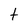
Character: t